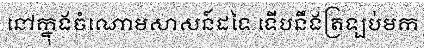
នៅក្នុងចំណោមសាសន៍ដទៃ ទើបនឹងត្រឡប់មក